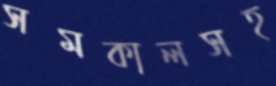
সমকালসহ